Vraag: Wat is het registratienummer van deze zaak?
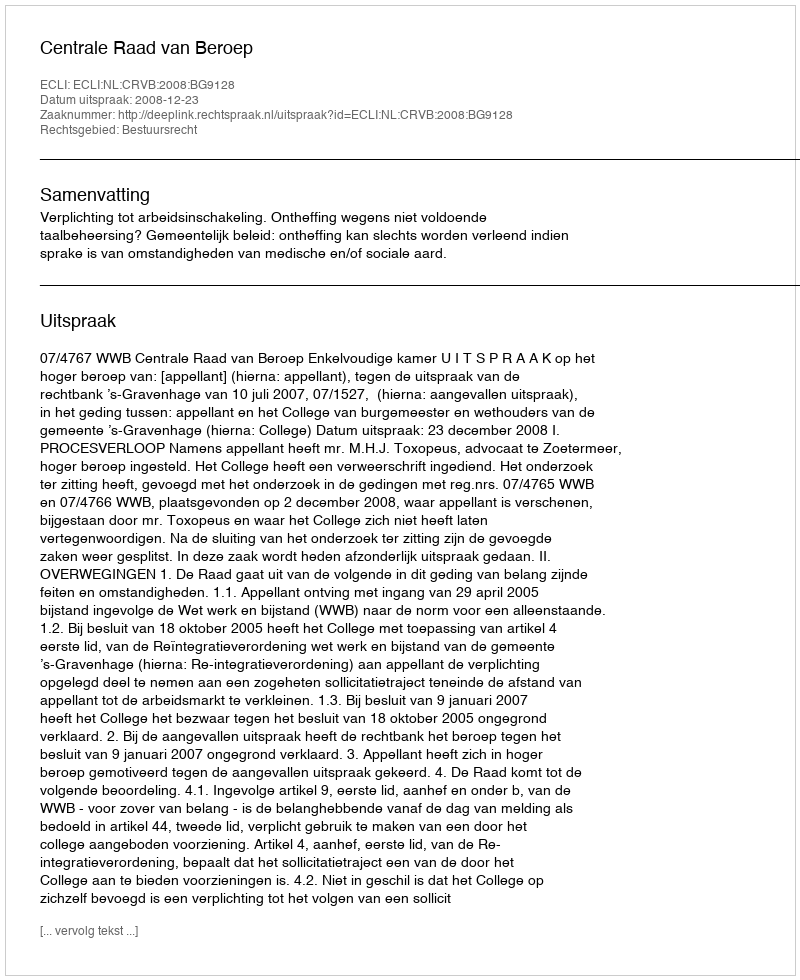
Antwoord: http://deeplink.rechtspraak.nl/uitspraak?id=ECLI:NL:CRVB:2008:BG9128